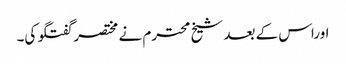
اوراس کے بعد شیخ محترم نے مختصر گفتگو کی۔